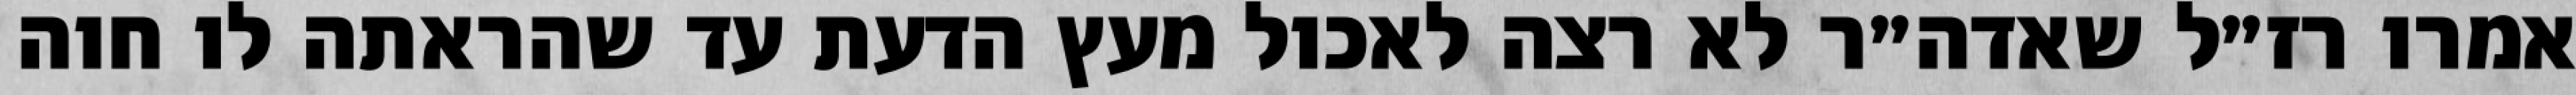
אמרו רז״ל שאדה״ר לא רצה לאכול מעץ הדעת עד שהראתה לו חוה